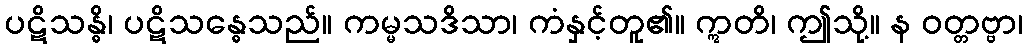
ပဋိသန္ဓိ၊ ပဋိသန္ဓေသည်။ ကမ္မသဒိသာ၊ ကံနှင့်တူ၏။ ဣတိ၊ ဤသို့။ န ဝတ္တဗ္ဗာ၊